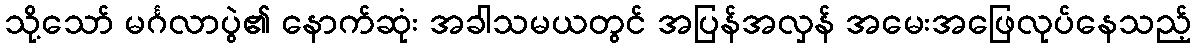
သို့သော် မင်္ဂလာပွဲ၏ နောက်ဆုံး အခါသမယတွင် အပြန်အလှန် အမေးအဖြေလုပ်နေသည့်